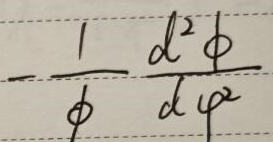
\[-\frac{1}{\phi}\frac{d^{2}\phi}{d\varphi^{2}}\]